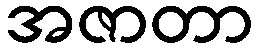
အဇာတာ